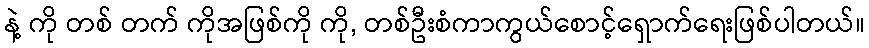
နဲ့ ကို တစ် တက် ကိုအဖြစ်ကို ကို, တစ်ဦးစံကာကွယ်စောင့်ရှောက်ရေးဖြစ်ပါတယ်။